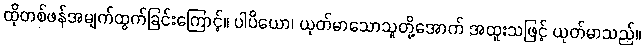
ထိုတစ်ဖန်အမျက်ထွက်ခြင်းကြောင့်။ ပါပိယော၊ ယုတ်မာသောသူတို့အောက် အထူးသဖြင့် ယုတ်မာသည်။